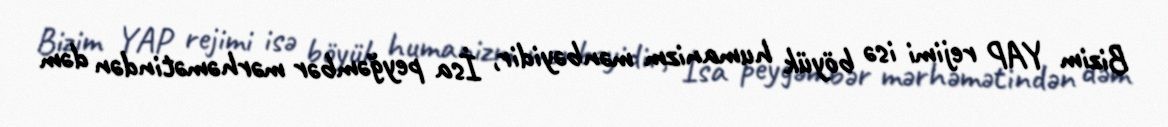
Bizim YAP rejimi isə böyük humanizm mənbəyidir, İsa peyğəmbər mərhəmətindən dəm